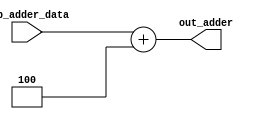
module adder #(parameter W = 32)
	(
	input [W-1:0] inp_adder_data,
	output reg [W-1:0] out_adder
	);

	always @(*)
		begin
			out_adder = inp_adder_data + 32'd4;		
		end
endmodule